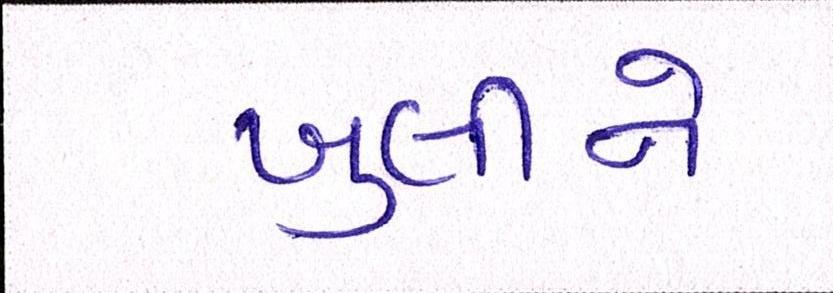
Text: ખુલીને